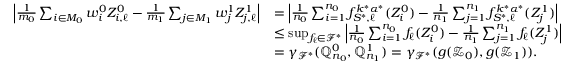
\begin{array} { r l } { \left| \frac { 1 } { m _ { 0 } } \sum _ { i \in M _ { 0 } } w _ { i } ^ { 0 } Z _ { i , \ell } ^ { 0 } - \frac { 1 } { m _ { 1 } } \sum _ { j \in M _ { 1 } } w _ { j } ^ { 1 } Z _ { j , \ell } ^ { 1 } \right| } & { = \left| \frac { 1 } { n _ { 0 } } \sum _ { i = 1 } ^ { n _ { 0 } } f _ { S ^ { * } , \ell } ^ { k ^ { * } \alpha ^ { * } } ( Z _ { i } ^ { 0 } ) - \frac { 1 } { n _ { 1 } } \sum _ { j = 1 } ^ { n _ { 1 } } f _ { S ^ { * } , \ell } ^ { k ^ { * } \alpha ^ { * } } ( Z _ { j } ^ { 1 } ) \right| } \\ & { \leq \operatorname* { s u p } _ { f _ { \ell } \in \mathcal { F ^ { * } } } \left| \frac { 1 } { n _ { 0 } } \sum _ { i = 1 } ^ { n _ { 0 } } f _ { \ell } ( Z _ { i } ^ { 0 } ) - \frac { 1 } { n _ { 1 } } \sum _ { j = 1 } ^ { n _ { 1 } } f _ { \ell } ( Z _ { j } ^ { 1 } ) \right| } \\ & { = \gamma _ { \mathcal { F } ^ { * } } ( \mathbb { Q } _ { n _ { 0 } } ^ { 0 } , \mathbb { Q } _ { n _ { 1 } } ^ { 1 } ) = \gamma _ { \mathcal { F } ^ { * } } ( g ( \mathcal { Z } _ { 0 } ) , g ( \mathcal { Z } _ { 1 } ) ) . } \end{array}